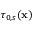
\tau _ { 0 , s } ( \mathbf { x } )